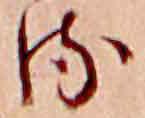
る